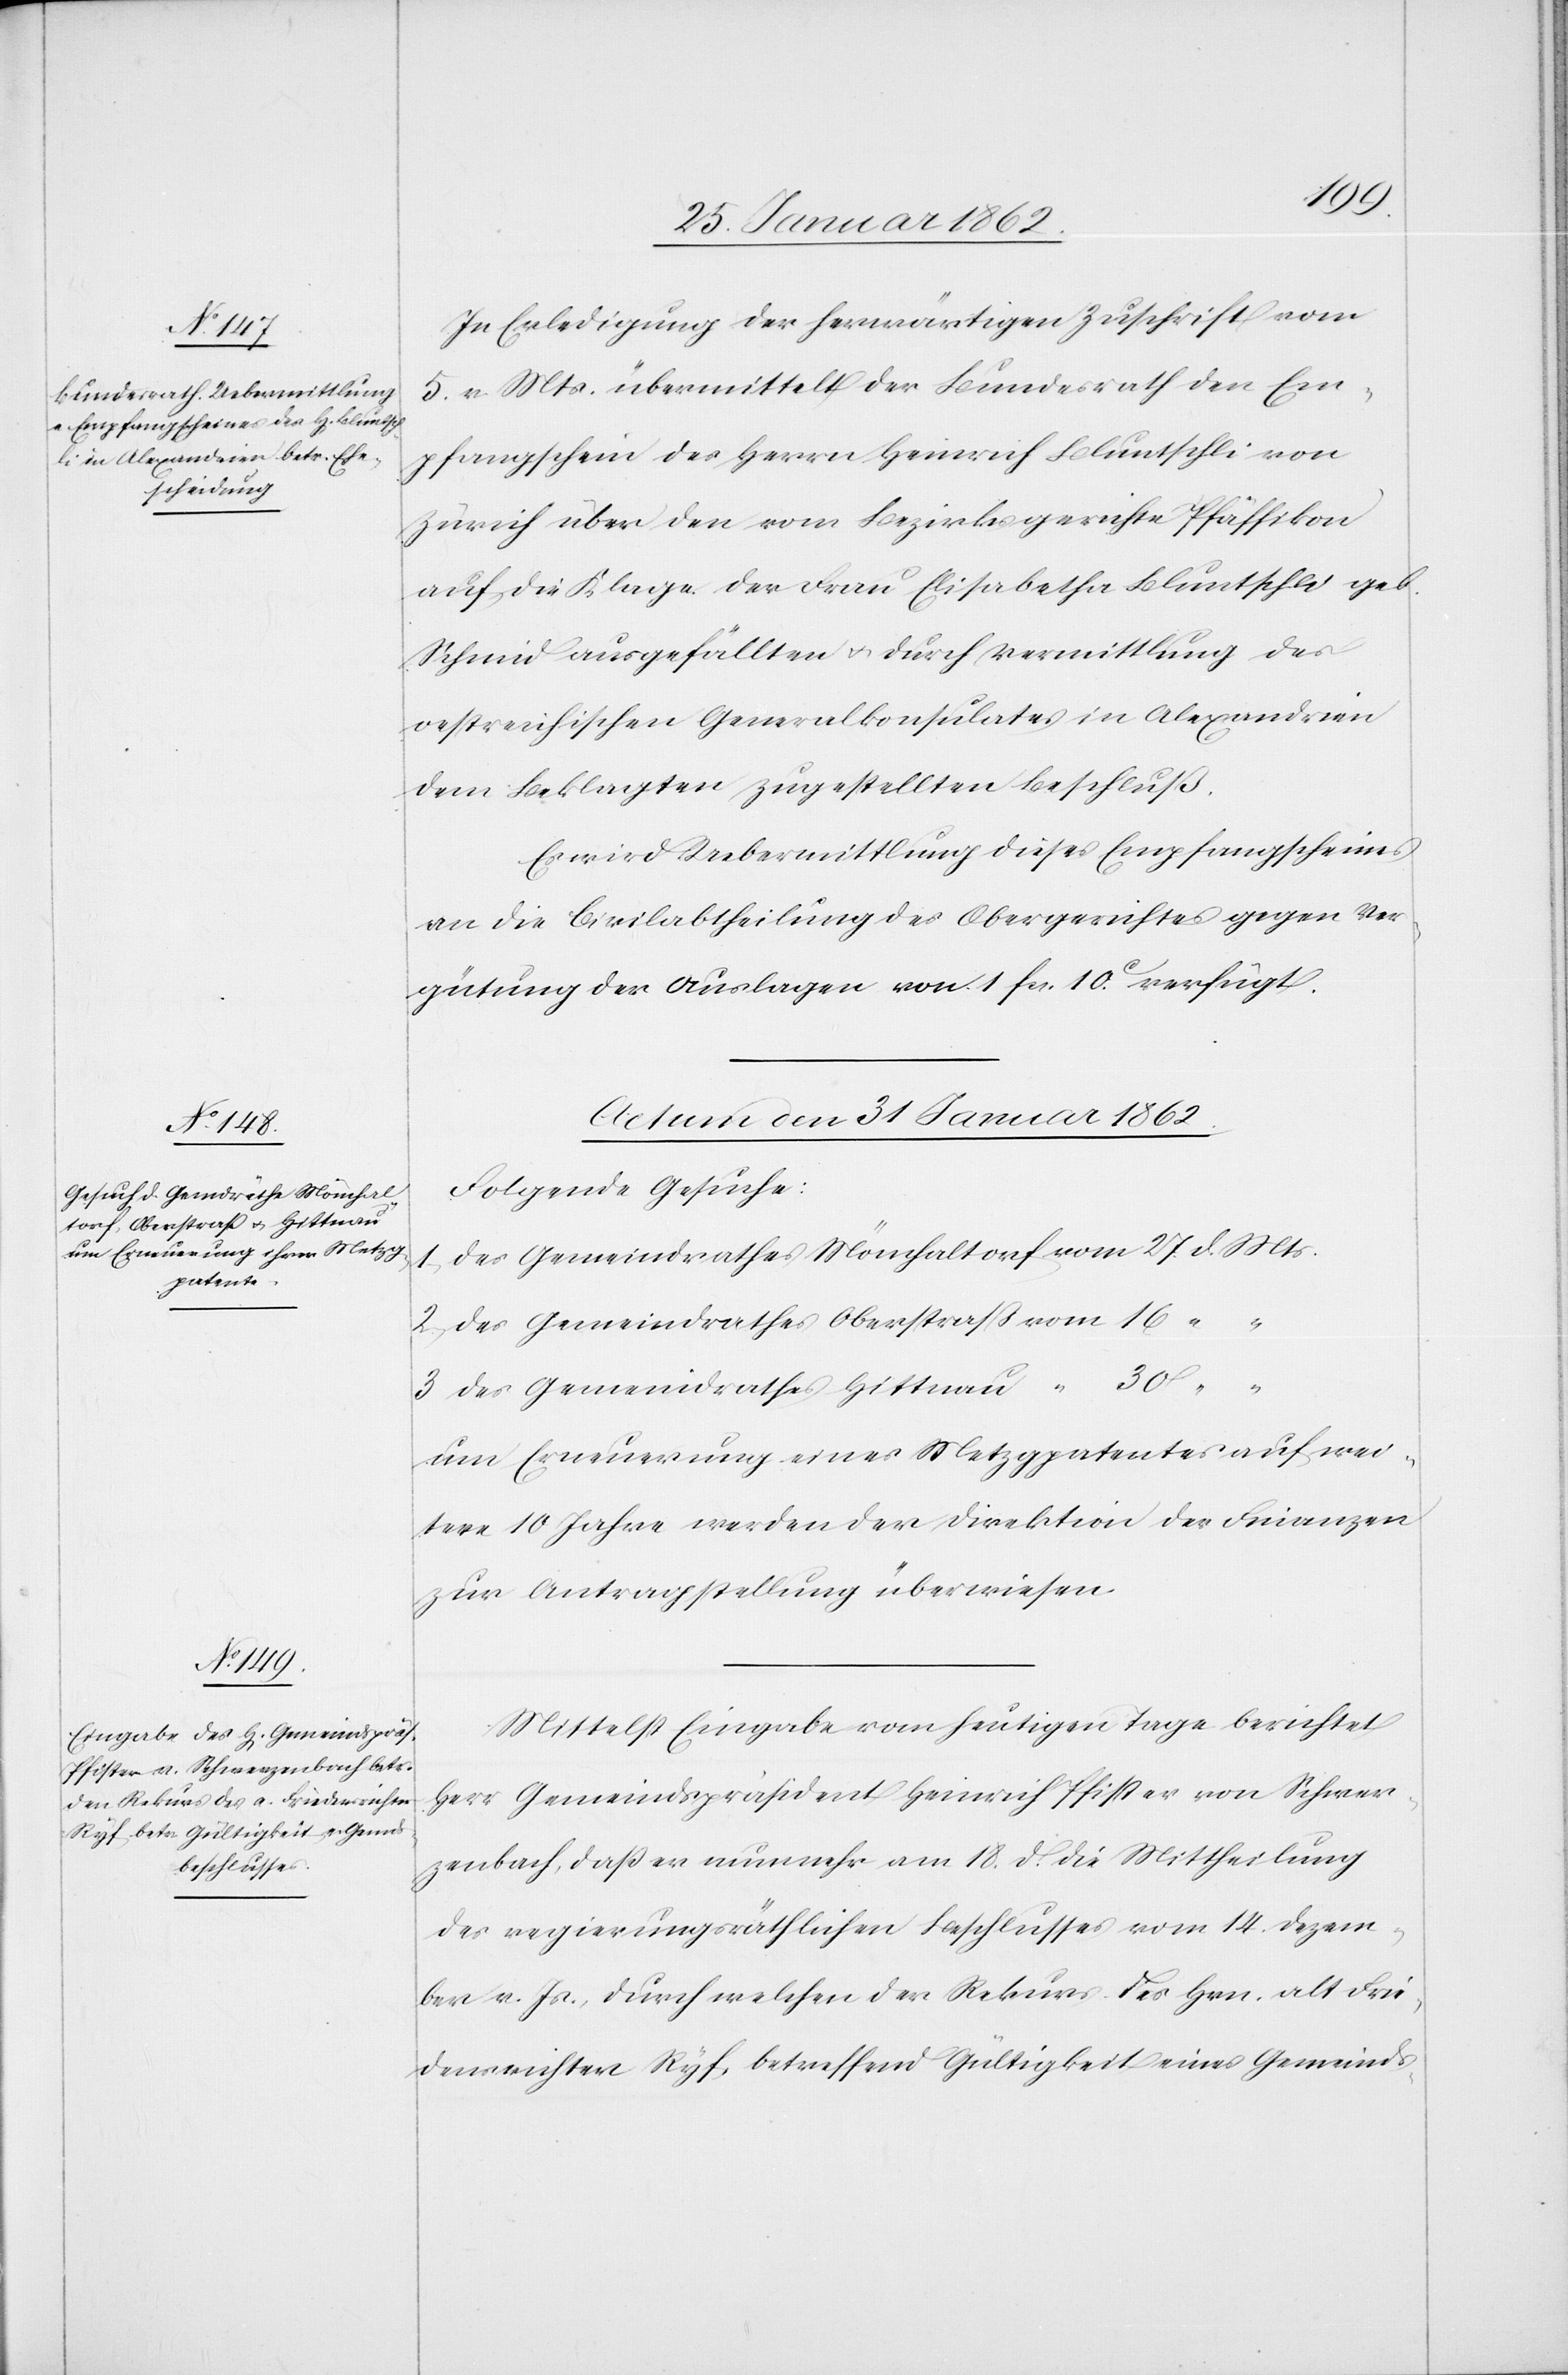
In Erledigung der herwärtigen Zuschrift vom
5. v Mts. übermittelt der Bundesrath den Em¬
pfangschein des Herrn Heinrich Bluntschli von
Zürich über den vom Bezirksgerichte Pfäffikon
auf die Klage der Frau Elisabetha Bluntschli geb.
Schmid ausgefällten u. durch Vermittlung des
oestreichischen Generalkonsulates in Alexandrien
dem Beklagten zugestellten Beschluß.
Es wird Uebermittlung dieses Empfangscheines
an die Civilabtheilung des Obergerichtes gegen Ver¬
gütung der Auslagen von 1 fcs. 10. c verfügt.
Actum den 31 Januar 1862.]
Folgende Gesuche:
des Gemeindrathes Mönchaltorf vom 27. d. Mts.
2) des Gemeindrathes Oberstraß vom 16 “ “
3) des Gemeindrathes Hittnau “ 30 “
um Erneuerung eines Metzgpatentes auf wei¬
tere 10 Jahre werden der Direktion der Finanzen
zur Antragstellung überwiesen[.]
Mittelst Eingabe vom heutigen Tage berichtet
Herr Gemeindspräsident Heinrich Pfister von Schwer¬
zenbach, daß er nunmehr am 18. d. die Mittheilung
des regierungsräthlichen Beschlusses vom 14. Dezem¬
ber v. Js., durch welchen der Rekurs des Hrn. alt Frie¬
densrichter Ryf, betreffend Gültigkeit eines Gemeinds-